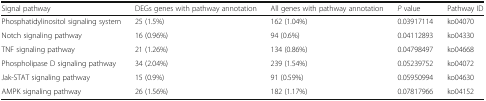
| Signal pathway | DEGs genes with pathway annotation | All genes with pathway annotation | P value | Pathway ID |
 | --- | --- | --- | --- | --- |
 | Phosphatidylinositol signaling system | 25 (1.5%) | 162 (1.04%) | 0.03917114 | ko04070 |
 | Notch signaling pathway | 16 (0.96%) | 94 (0.6%) | 0.04112893 | ko04330 |
 | TNF signaling pathway | 21 (1.26%) | 134 (0.86%) | 0.04798497 | ko04668 |
 | Phospholipase D signaling pathway | 34 (2.04%) | 239 (1.54%) | 0.05239752 | ko04072 |
 | Jak-STAT signaling pathway | 15 (0.9%) | 91 (0.59%) | 0.05950994 | ko04630 |
 | AMPK signaling pathway | 26 (1.56%) | 182 (1.17%) | 0.07817966 | ko04152 |